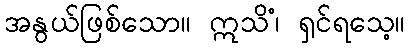
အနွယ်ဖြစ်သော။ ဣသိံ၊ ရှင်ရသေ့။